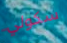
سكولي